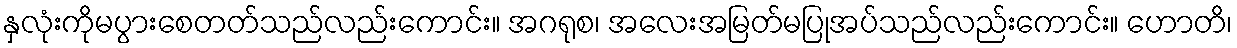
နှလုံးကိုမပွားစေတတ်သည်လည်းကောင်း။ အဂရုစ၊ အလေးအမြတ်မပြုအပ်သည်လည်းကောင်း။ ဟောတိ၊